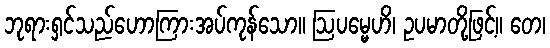
ဘုရားရှင်သည်ဟောကြားအပ်ကုန်သော။ ဩပမ္မေဟိ၊ ဥပမာတို့ဖြင့်။ တေ၊